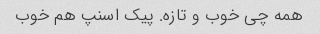
همه چی خوب و تازه. پیک اسنپ هم خوب